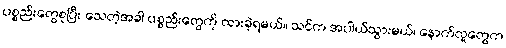
ပစ္စည်းတွေစုပြီး သေတဲ့အခါ ပစ္စည်းတွေကို ထားခဲ့ရမယ်။ သင်က အပါယ်သွားမယ်၊ နောက်လူတွေက